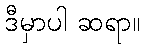
ဒီမှာပါ ဆရာ။